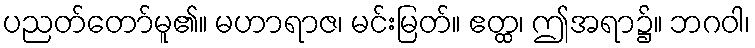
ပညတ်တော်မူ၏။ မဟာရာဇ၊ မင်းမြတ်။ ဧတ္ထ၊ ဤအရာ၌။ ဘဂဝါ၊